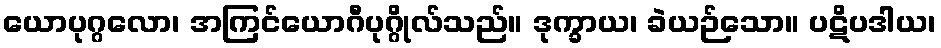
ယောပုဂ္ဂလော၊ အကြင်ယောဂီပုဂ္ဂိုလ်သည်။ ဒုက္ခာယ၊ ခဲယဉ်သော။ ပဋိပဒါယ၊